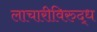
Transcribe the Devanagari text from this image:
लाचारीविरुद्ध